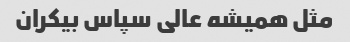
مثل همیشه عالی سپاس بیکران